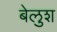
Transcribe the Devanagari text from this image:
बेलुश